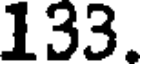
133.